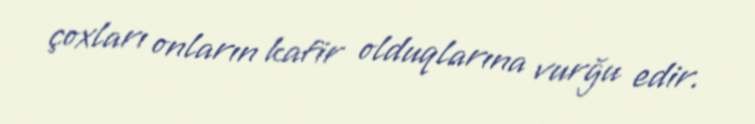
çoxları onların kafir olduqlarına vurğu edir.